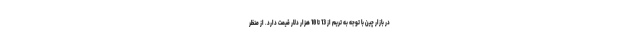
در بازار چین با توجه به تریم از 13 تا 18 هزار دلار قیمت دارد. از منظر